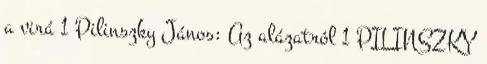
a virá 1 Pilinszky János: Az alázatról 1 PILINSZKY